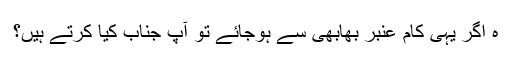
ہ اگر یہی کام عنبر بھابھی سے ہوجائے تو آپ جناب کیا کرتے ہیں؟